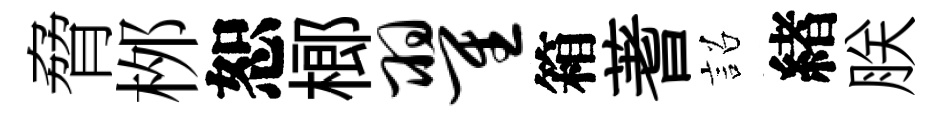
脅桞恕榔翟箱蓍詔緖朕